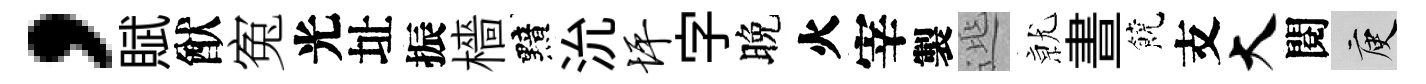
，賦猷寃光址振檣黯沇坪字晚火宰製𨓱𭕒晝饒支大閱庾